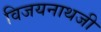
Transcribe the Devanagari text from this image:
विजयनाथजी